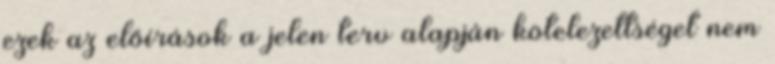
ezek az előírások a jelen terv alapján kötelezettséget nem